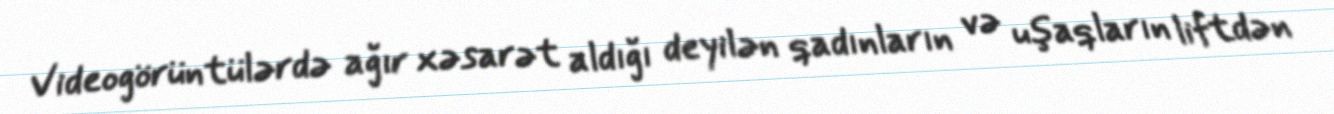
Videogörüntülərdə ağır xəsarət aldığı deyilən qadınların və uşaqların liftdən